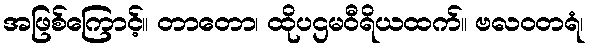
အဖြစ်ကြောင့်။ တာတော၊ ထိုပဌမဝီရိယထက်။ ဗလဝတရံ၊